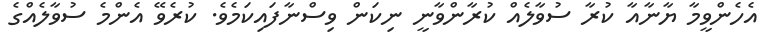
އެހެންވީމާ ޔާނާއާ ކުރާ ސުވާލެއް ކުރާންވާނީ ނިކަން ވިސްނާފައިކަމެވެ. ކުރެވޭ އެންމެ ސުވާލެއްގެ